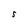
Character: S